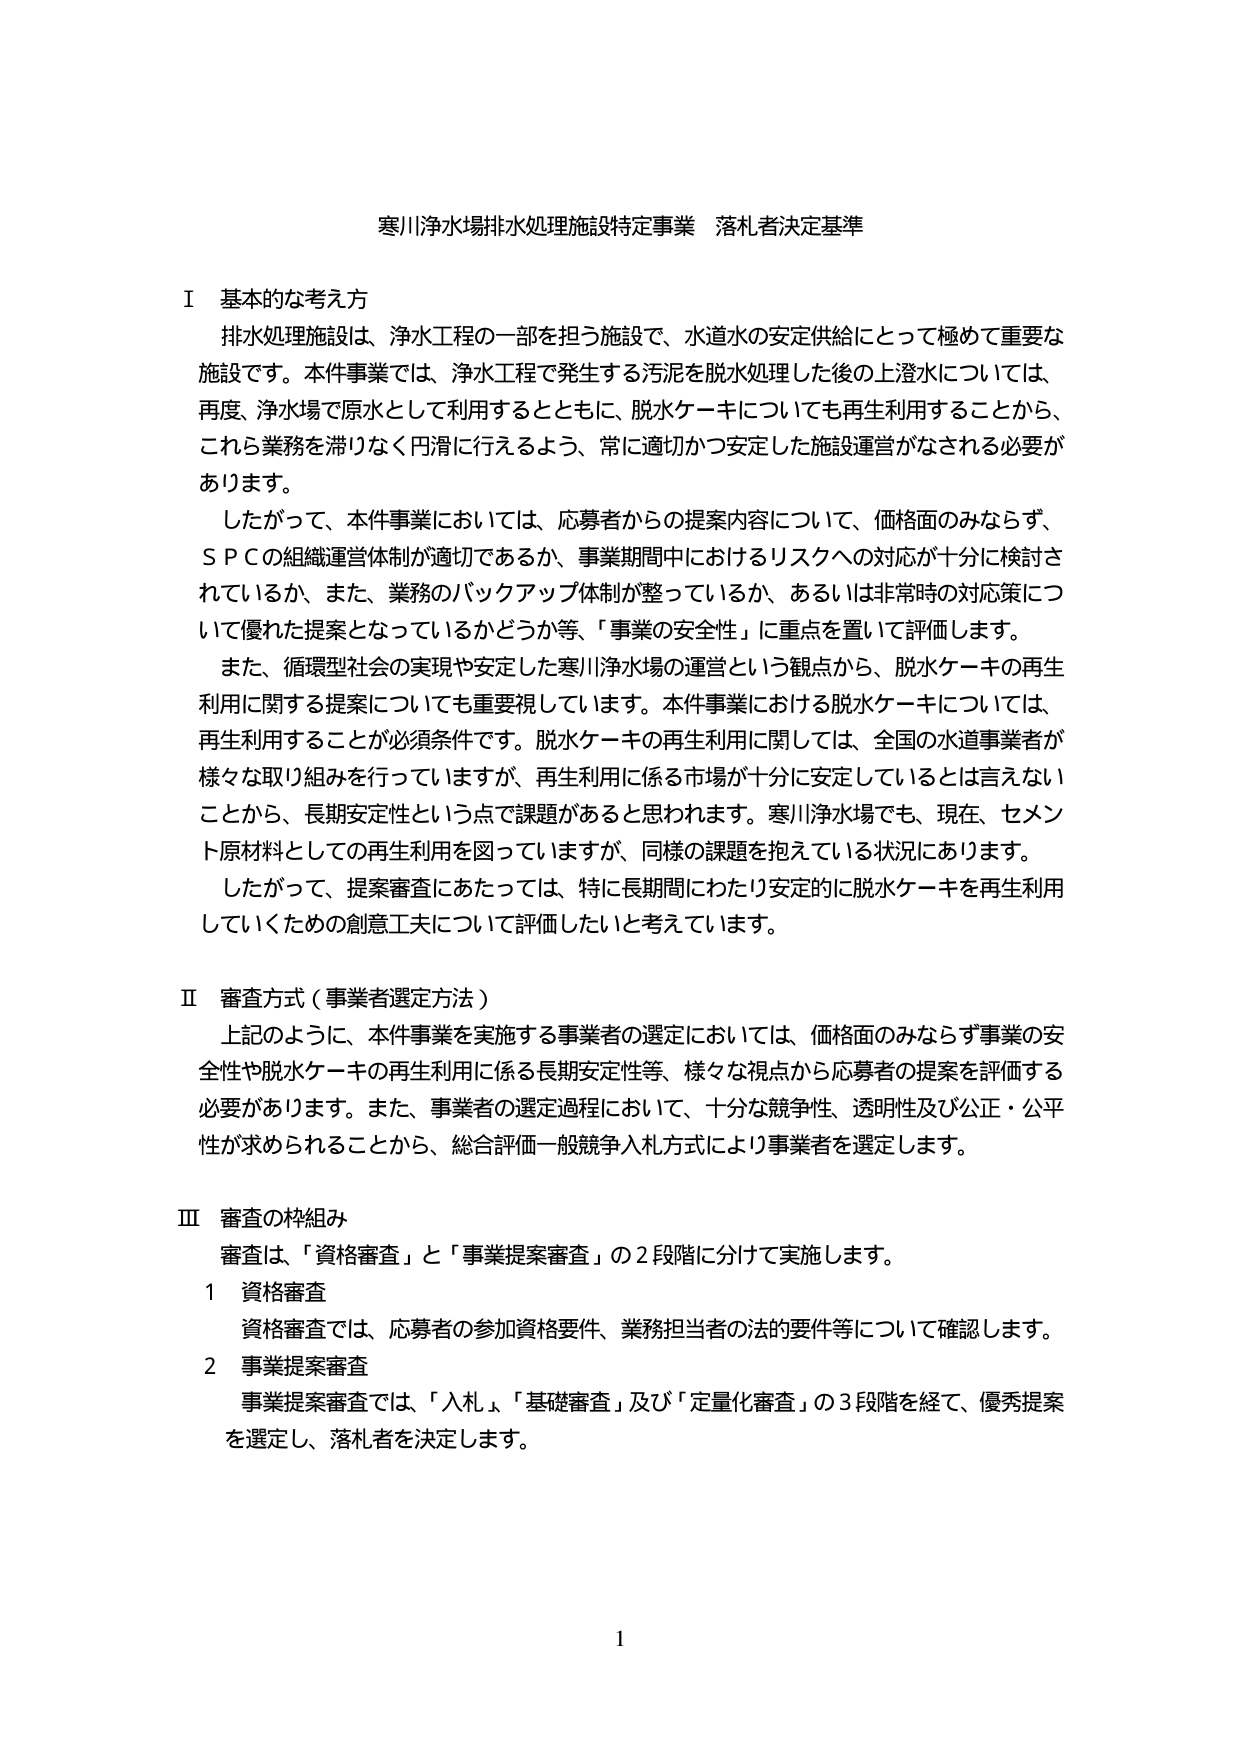
寒川浄水場排水処理施設特定事業 落札者決定基準

Ⅰ 基本的な考え方
排水処理施設は、浄水工程の一部を担う施設で、水道水の安定供給にとって極めて重要な施設です。本件事業では、浄水工程で発生する汚泥を脱水処理した後の上澄水については、再度、浄水場で原水として利用するとともに、脱水ケーキについても再生利用することから、これら業務を滞りなく円滑に行えるよう、常に適切かつ安定した施設運営がなされる必要があります。
したがって、本件事業においては、応募者からの提案内容について、価格面のみならず、ＳＰＣの組織運営体制が適切であるか、事業期間中におけるリスクへの対応が十分に検討されているか、また、業務のバックアップ体制が整っているか、あるいは非常時の対応策について優れた提案となっているかどうか等、「事業の安全性」に重点を置いて評価します。
また、循環型社会の実現や安定した寒川浄水場の運営という観点から、脱水ケーキの再生利用に関する提案についても重要視しています。本件事業における脱水ケーキについては、再生利用することが必須条件です。脱水ケーキの再生利用に関しては、全国の水道事業者が様々な取り組みを行っていますが、再生利用に係る市場が十分に安定しているとは言えないことから、長期安定性という点で課題があると思われます。寒川浄水場でも、現在、セメント原材料としての再生利用を図っていますが、同様の課題を抱えている状況にあります。
したがって、提案審査にあたっては、特に長期間にわたり安定的に脱水ケーキを再生利用していくための創意工夫について評価したいと考えています。

Ⅱ 審査方式（事業者選定方法）
上記のように、本件事業を実施する事業者の選定においては、価格面のみならず事業の安全性や脱水ケーキの再生利用に係る長期安定性等、様々な視点から応募者の提案を評価する必要があります。また、事業者の選定過程において、十分な競争性、透明性及び公正・公平性が求められることから、総合評価一般競争入札方式により事業者を選定します。

Ⅲ 審査の枠組み
審査は、「資格審査」と「事業提案審査」の2段階に分けて実施します。
1 資格審査
資格審査では、応募者の参加資格要件、業務担当者の法的要件等について確認します。
2 事業提案審査
事業提案審査では、「入札」、「基礎審査」及び「定量化審査」の3段階を経て、優秀提案を選定し、落札者を決定します。

1